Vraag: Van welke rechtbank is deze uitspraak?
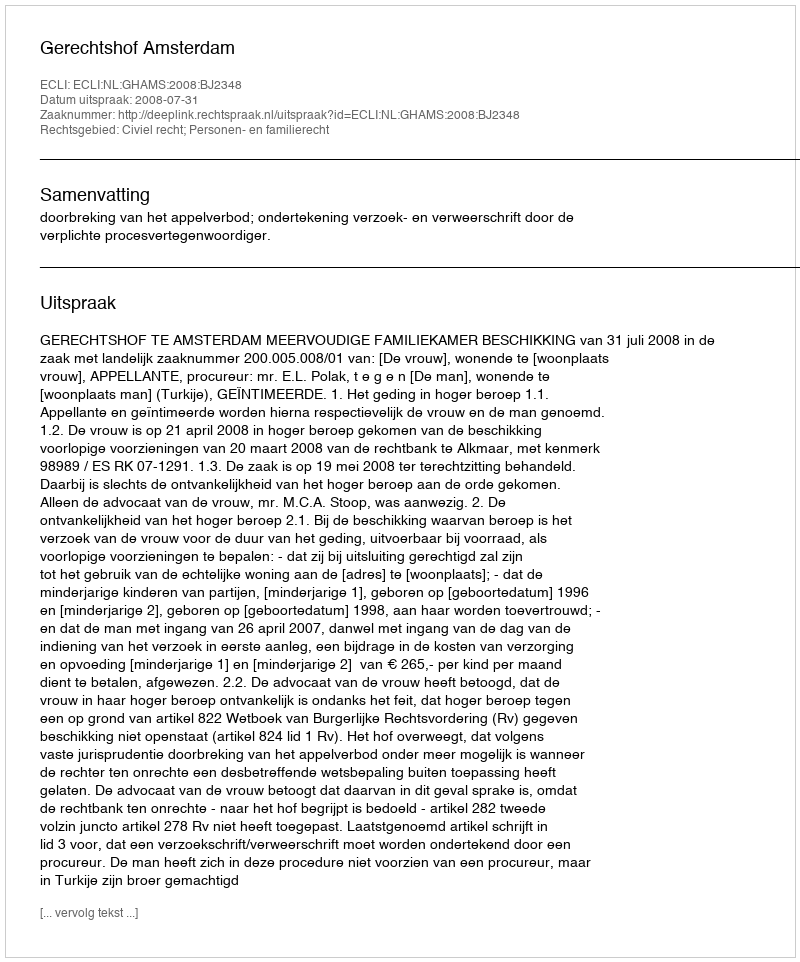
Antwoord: Gerechtshof Amsterdam